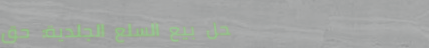
محل بيع السلع الجلدية: حق